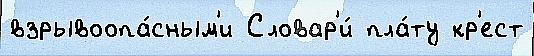
взрывоопа́сным'и Словар'и́ пла́ту кр'ест